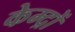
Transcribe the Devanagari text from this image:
केम्द्रों